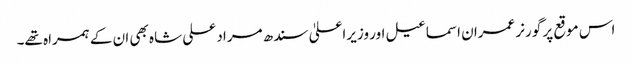
اس موقع پر گورنر عمران اسماعیل اور وزیراعلیٰ سندھ مراد علی شاہ بھی ان کے ہمراہ تھے۔